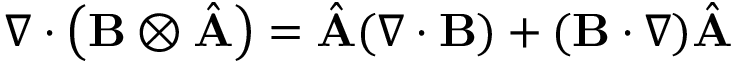
\nabla \cdot \left( \mathbf { B } \otimes { \hat { \mathbf { A } } } \right) = { \hat { \mathbf { A } } } ( \nabla \cdot \mathbf { B } ) + ( \mathbf { B } \cdot \nabla ) { \hat { \mathbf { A } } }